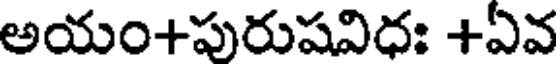
అయం+పురుషవిధః +ఏవ